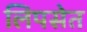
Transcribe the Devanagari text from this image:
लिपसेत